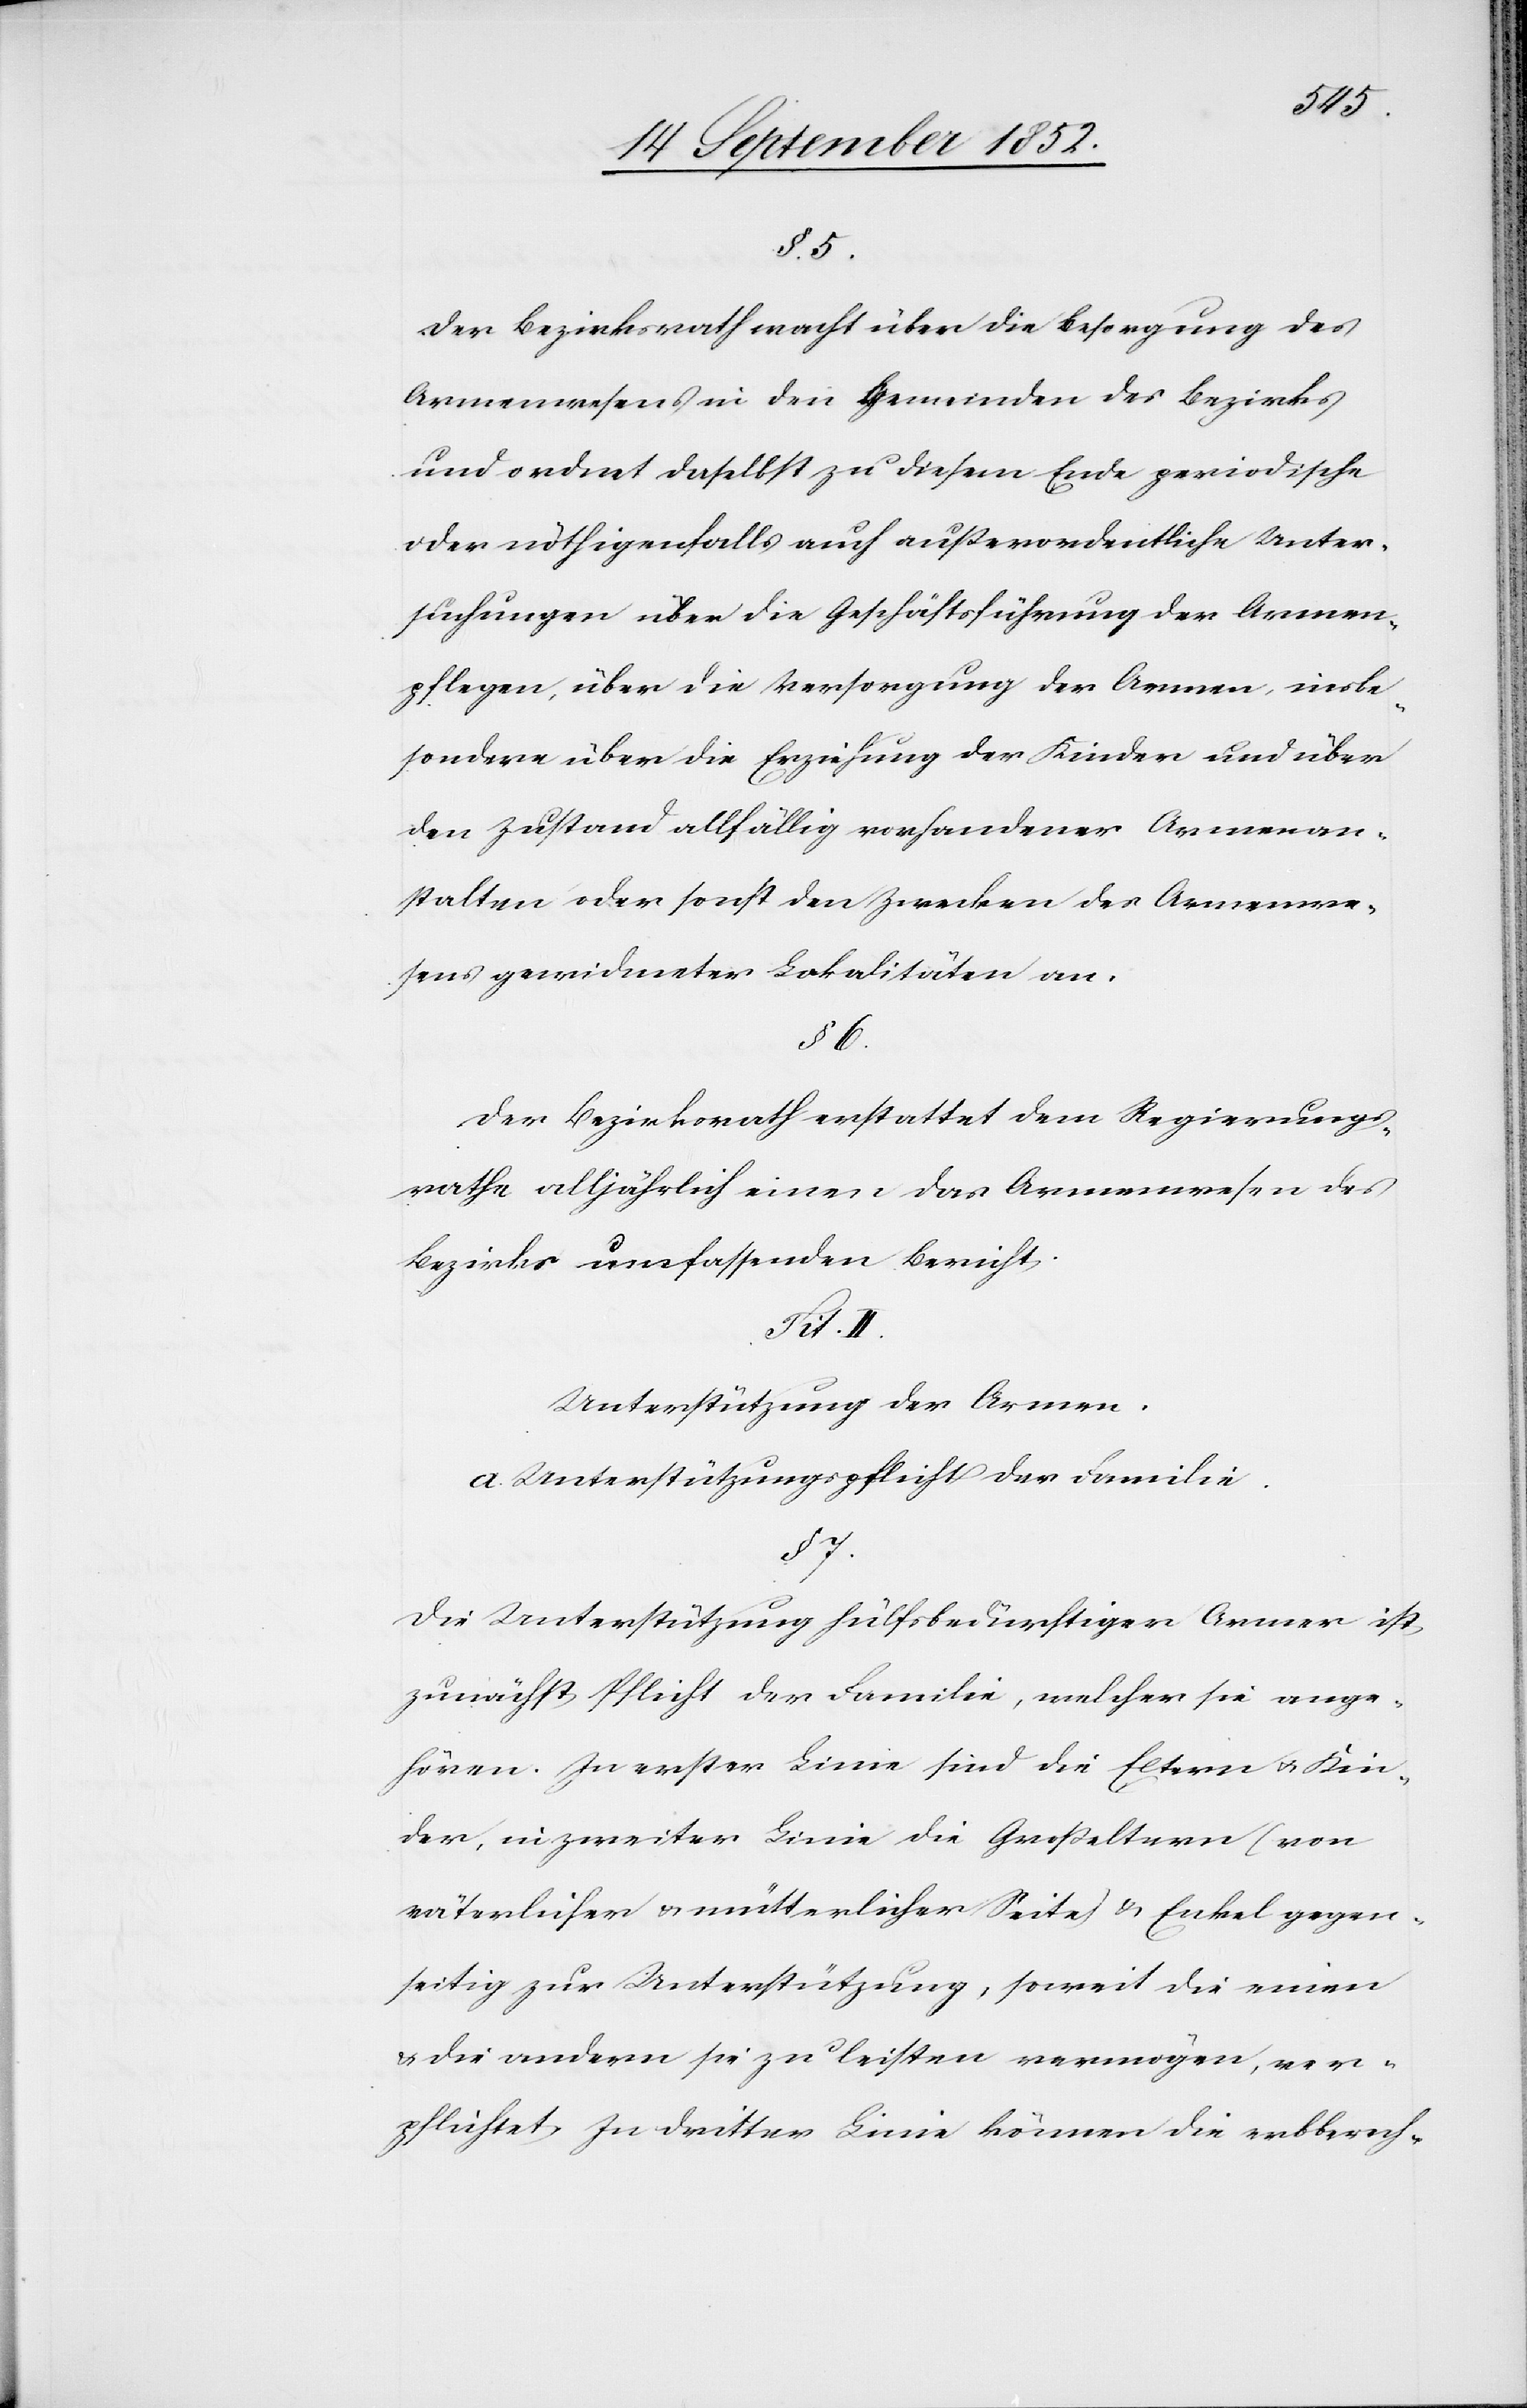
§. 5.
Der Bezirksrath wacht über die Besorgung des
Armenwesens in den Gemeinden des Bezirks
und ordnet daselbst zu diesem Ende periodische
oder nöthigenfalls auch außerordentliche Unter¬
suchungen über die Geschäftsführung der Armen¬
pflegen, über die Versorgung der Armen, insbe¬
sondere über die Erziehung der Kinder und über
den Zustand allfällig vorhandener Armenan¬
stalten oder sonst den Zwecken des Armenwe¬
sens gewidmeter Lokalitäten an.
§ 6.
Der Bezirksrath erstattet dem Regierungs¬
rathe alljährlich einen das Armenwesen des
Bezirks umfassenden Bericht.
Tit.
Unterstützung der Armen.
a. Unterstützungspflicht der Familie.
§ 7.
Die Unterstützung hülfsbedürftiger Armer ist
zunächst Pflicht der Familie, welcher sie ange¬
hören. In erster Linie sind die Eltern & Kin¬
der, in zweiter Linie die Großeltern (von
väterlicher & mütterlicher Seite) & Enkel gegen¬
seitig zur Unterstützung, soweit die einen
& die andern sie zu leisten vermögen, ver¬
pflichtet. In dritter Linie können die erbberech-